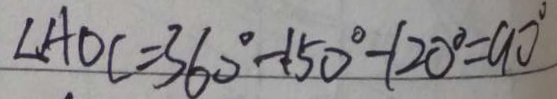
\angle A O C = 3 6 0 ^ { \circ } - 1 5 0 ^ { \circ } - 1 2 0 ^ { \circ } = 9 0 ^ { \circ }